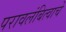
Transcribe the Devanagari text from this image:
परावलंबित्वाचे